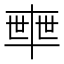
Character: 𠦴